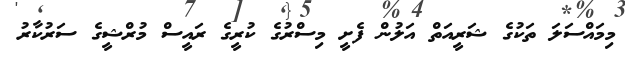
މިމައްސަލަ ތަކުގެ ޝަރީއަތް އަލުން ފެށީ މިސްރުގެ ކުރީގެ ރައީސް މުރްޝީގެ ސަރުކާރު